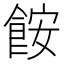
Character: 𫗒